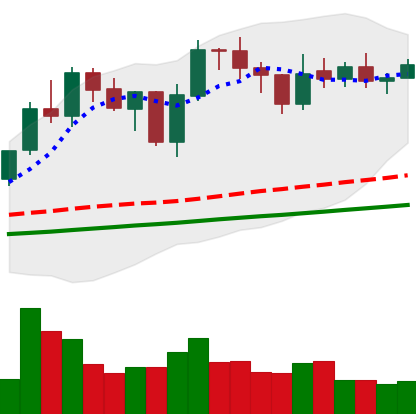
Ticker: LINK-USD
Chart end date: 2021-02-02
Forward return: 4.54%
Label: up_3_5